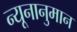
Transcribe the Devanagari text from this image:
न्यूनानुमान